Scottish Leaving Certificate Examination, 1959
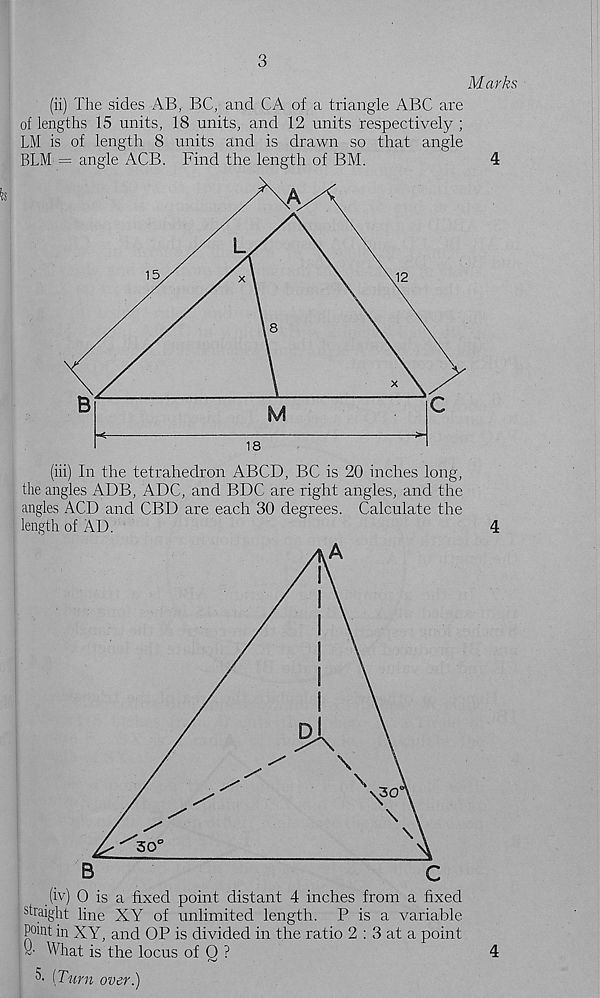
3
Marks
(ii) The sides AB, BC, and CA of a triangle ABC are
of lengths 15 units, 18 units, and 12 units respectively ;
LM is of length 8 units and is drawn so that angle
BLM = angle ACB. Find the length of BM.
4
(iii) In the tetrahedron ABCD, BC is 20 inches long,
the angles ADB, ADC, and BDC are right angles, and the
angles ACD and CBD are each 30 degrees. Calculate the
length of AD.
4
(iv) 0 is a fixed point distant 4 inches from a fixed
straight line XY of unlimited length. P is a variable
Point in XY, and OP is divided in the ratio 2 : 3 at a point
«■ What is the locus of Q ?
0- [Turn over.)
4